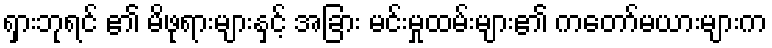
ရှားဘုရင် ၏ မိဖုရားများနှင့် အခြား မင်းမှုထမ်းများ၏ ကတော်မယားများက